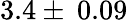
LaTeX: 3.4\pm\: 0.09